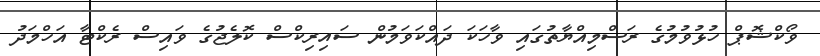
ވޯކްޝޮޕް ހުޅުވުމުގެ ރަސްމިއްޔާތުގައި ވާހަކަ ދައްކަވަމުން ސައިރިކްސް ކޮލެޖުގެ ވައިސް ރެކްޓާ އަހްމަދު